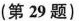
(第29题)